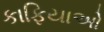
કાફિયાઓ